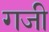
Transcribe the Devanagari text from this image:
गजी